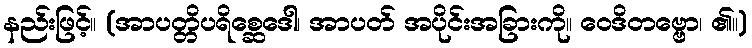
နည်းဖြင့်။ (အာပတ္တိပရိစ္ဆေဒေါ၊ အာပတ် အပိုင်းအခြားကို။ ဝေဒိတဗ္ဗော၊ ၏။)